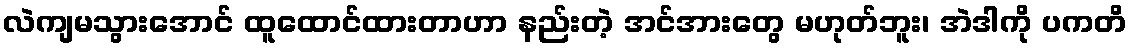
လဲကျမသွားအောင် ထူထောင်ထားတာဟာ နည်းတဲ့ အင်အားတွေ မဟုတ်ဘူး၊ အဲဒါကို ပကတိ